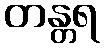
တန္တရ